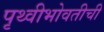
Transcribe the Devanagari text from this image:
पृथ्वीभोवतीची